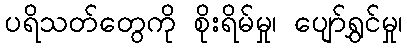
ပရိသတ်တွေကို စိုးရိမ်မှု၊ ပျော်ရွှင်မှု၊